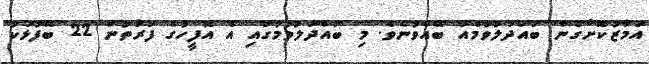
އަމާޒުކޮށްގެން ބައްދަލުވުމެއް ބޭއްވުނެވެ. މި ބައްދަލުވުމުގައި އެ އޮފީހުގެ ފަރާތުން 22 ބޭފުޅަކު